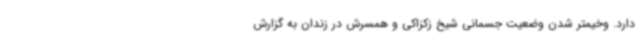
دارد. وخیمتر شدن وضعیت جسمانی شیخ زکزاکی و همسرش در زندان به گزارش